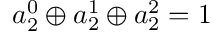
a _ { 2 } ^ { 0 } \oplus a _ { 2 } ^ { 1 } \oplus a _ { 2 } ^ { 2 } = 1